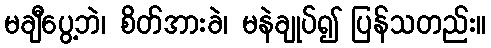
မချီပွေ့ဘဲ၊ စိတ်အားခဲ၊ မနဲချုပ်၍ ပြန်သတည်း။